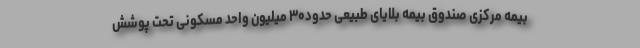
بیمه مرکزی صندوق بیمه بلایای طبیعی حدود۳۰ میلیون واحد مسکونی تحت پوشش